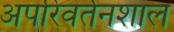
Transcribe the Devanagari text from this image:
अपरिवर्तनशाल